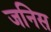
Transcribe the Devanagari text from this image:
जनिस